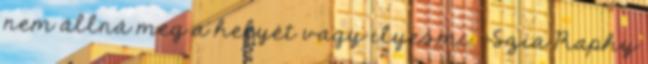
nem állná meg a helyét vagy ilyesmi. -Szia Raphy